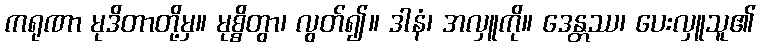
ကရုဏာ မုဒိတာတို့မှ။ မုစ္စိတွာ၊ လွတ်၍။ ဒါနံ၊ အလှူကို။ ဒေန္တဿ၊ ပေးလှူသူ၏